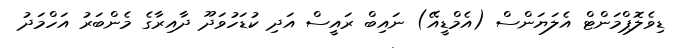
ޑިވެލޮޕްމަންޓް އެލަޔަންސް (އެމްޑީއޭ) ނައިބް ރައީސް އަދި ކުޑަހުވަދޫ ދާއިރާގެ މެންބަރު އަހްމަދު